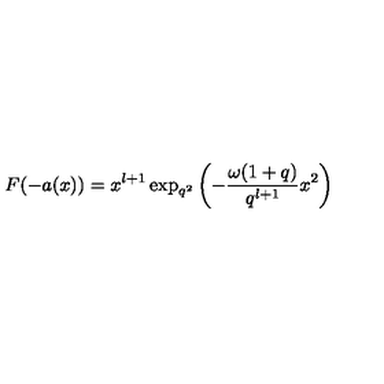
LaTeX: F ( - a ( x ) ) = x ^ { l + 1 } \exp _ { q ^ { 2 } } \left( - \frac { \omega ( 1 + q ) } { q ^ { l + 1 } } x ^ { 2 } \right)